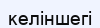
келіншегі